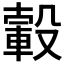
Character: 𣫂